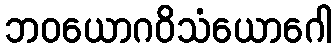
ဘဝယောဂဝိသံယောဂေါ